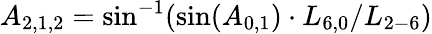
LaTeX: {A_{2,1,2}}=\sin^{-1}(\sin({A_{0,1}})\cdot{L_{6,0}}/{L_{2-6}})